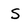
Character: S